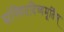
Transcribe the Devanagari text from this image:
संस्थितदिव्यमूर्तिम्